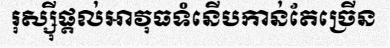
រុស្ស៊ីផ្តល់អាវុធទំនើបកាន់តែច្រើន